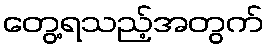
တွေ့ရသည့်အတွက်